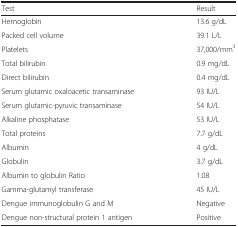
<table><thead><tr><td><b>Test</b></td><td><b>Result</b></td></tr></thead><tbody><tr><td>Hemoglobin</td><td>13.6 g/dL</td></tr><tr><td>Packed cell volume</td><td>39.1 L/L</td></tr><tr><td>Platelets</td><td>37,000/mm<sup>3</sup></td></tr><tr><td>Total bilirubin</td><td>0.9 mg/dL</td></tr><tr><td>Direct bilirubin</td><td>0.4 mg/dL</td></tr><tr><td>Serum glutamic oxaloacetic transaminase</td><td>93 IU/L</td></tr><tr><td>Serum glutamic-pyruvic transaminase</td><td>54 IU/L</td></tr><tr><td>Alkaline phosphatase</td><td>53 IU/L</td></tr><tr><td>Total proteins</td><td>7.7 g/dL</td></tr><tr><td>Albumin</td><td>4 g/dL </td></tr><tr><td>Globulin</td><td>3.7 g/dL</td></tr><tr><td>Albumin to globulin Ratio</td><td>1.08</td></tr><tr><td>Gamma-glutamyl transferase</td><td>45 IU/L</td></tr><tr><td>Dengue immunoglobulin G and M</td><td>Negative</td></tr><tr><td>Dengue non-structural protein 1 antigen</td><td>Positive</td></tr></tbody></table>